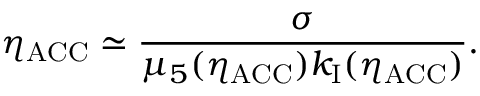
\eta _ { \mathrm { A C C } } \simeq \frac { \sigma } { \mu _ { 5 } ( \eta _ { \mathrm { A C C } } ) k _ { \mathrm { I } } ( \eta _ { \mathrm { A C C } } ) } .